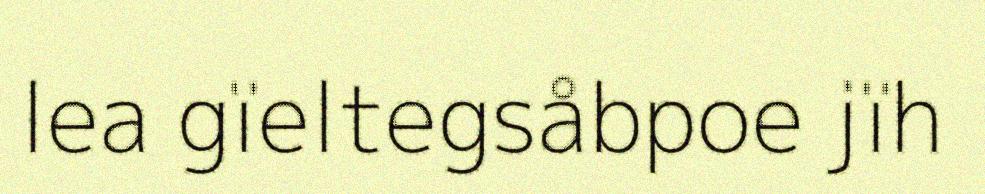
lea gïeltegsåbpoe jïh